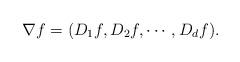
LaTeX: \begin{align*}\nabla f = (D_1f, D_2f, \cdots, D_df).\end{align*}